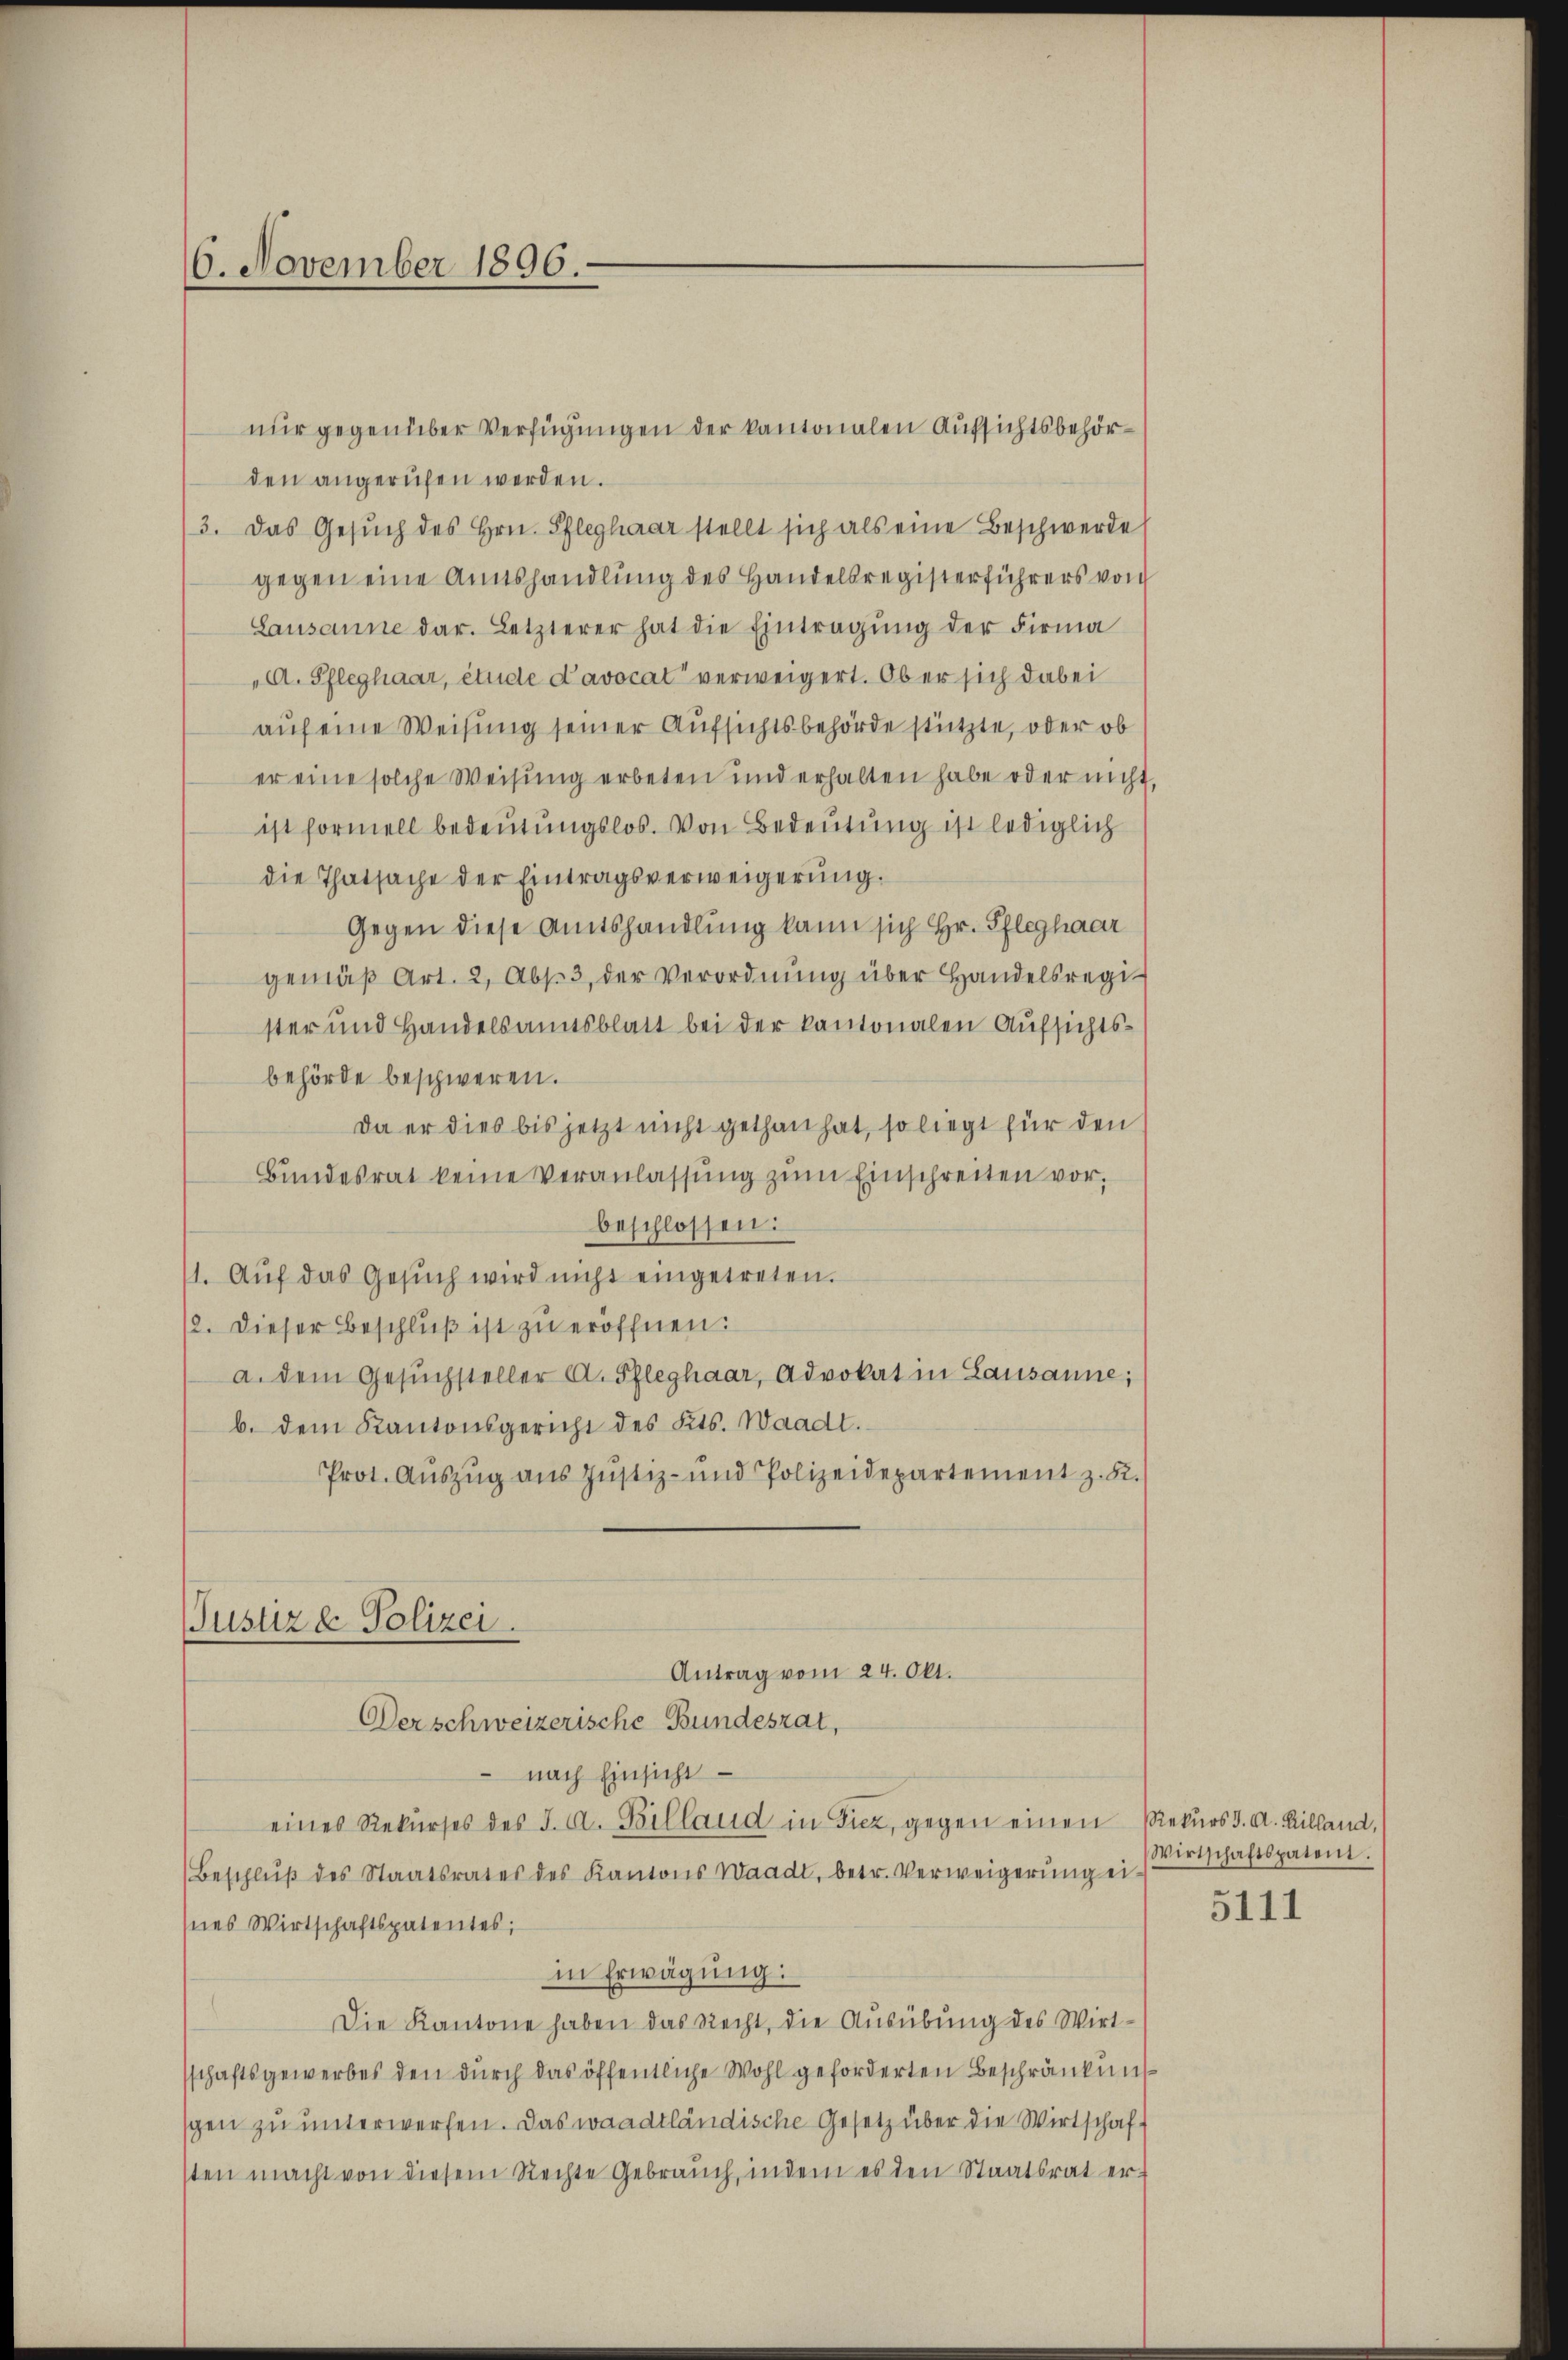
6. November 1896.

den angerufen werden.
3. Das Gesŭch des Hrn. Pfleghaar stellt sich als eine Beschwerde
gegen eine Amtshandlung des Handelsregisterführers von
Lausanne dar. Letzterer hat die Eintragŭng der Firma
A. Pfleghaar, étude Lavocat verweigert. Ob er sich dabei
auf eine Weisung seiner Aufsichtsbehörde stützte, oder ob
er eine solche Weisung erbeten und erhalten habe oder nicht,
ist formell bedeutungslos. Von Bedeutung ist lediglich
die Thatsache der Eintragsverweigerung.
Gegen diese Amtshandlung kann sich Hr. Pfleghaar
gemäβ Art. 2, Abs. 3 der Verordnŭng über Handelsregi
ster und Handelsamtsblatt bei der kantonalen Aufsichtsbehörde beschweren.
Da er dies bis jetzt nicht gethan hat, so liegt für den
Bundesrat keine Veranlassŭng zŭm Einschreiten vor.
beschlossen:
1. Aŭf das Gesŭch wird nicht eingetreten.
12. Dieser Beschluß ist zu eröffnen.
a. dem Gesŭchsteller A. Pfleghaar, Advokat in Lausanne;
b. dem Kantonsgericht des Kts. Waadt.
Prot. Aŭszŭg aŭs Justiz- und Polizeidepartement z. B.
Justiz & Polizei.
Antrag vom 24. Okt.

nach Einsicht
eines Rekŭrses des J. A. Billand in Fier, gegen einen Rekurs d. A. Rilland,
Beschlŭβ des Staatsrates des Kantons Waadt, betr. Verweigerŭng ei-
Ines Wirtschaftspatentes;
in Erwägung:
Die Kantone haben das Recht, die Ausübung des Wirt-
schaftsgewerbes den durch das öffentliche Wohl geforderten Beschränkung
schen zu unterwerfen. Das waadtländische Gesetz über die Wirtschaft
sten macht von diesem Rechte Gebrauch, indem es den Staatsrat er-

Derschweizerische Bundesrat,

nur gegenüber Verfügungen der kantonalen Aufsichtsbehör¬

Wirtschaftspaten.

5111